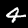
Digit: 4